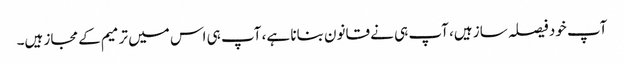
آپ خود فیصلہ ساز ہیں، آپ ہی نے قانون بنانا ہے، آپ ہی اس میں ترمیم کے مجاز ہیں۔